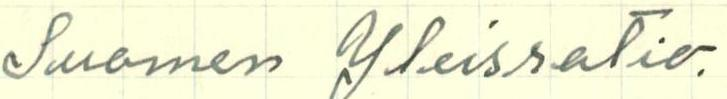
Suomen Yleisratio.